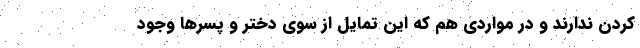
کردن ندارند و در مواردی هم که‌ این تمایل از سوی دختر و پسرها وجود